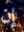
إن